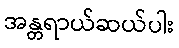
အန္တရာယ်ဆယ်ပါး